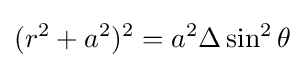
(r^{2}+a^{2})^{2}=a^{2}\Delta \sin ^{2}\theta